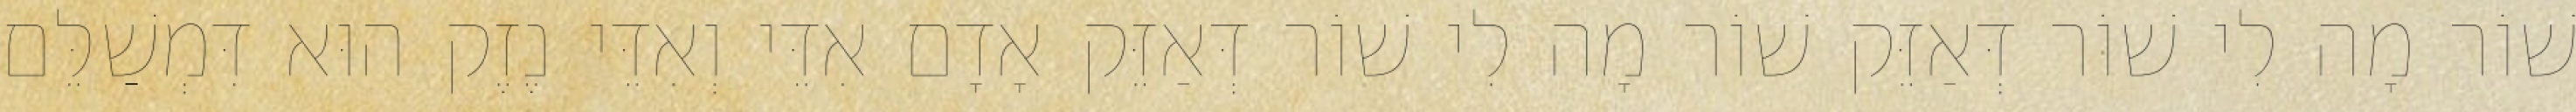
שׁוֹר מָה לִי שׁוֹר דְּאַזֵּק שׁוֹר מָה לִי שׁוֹר דְּאַזֵּק אָדָם אִדֵּי וְאִדֵּי נֶזֶק הוּא דִּמְשַׁלֵּם